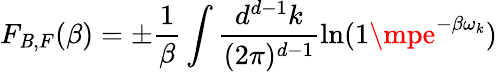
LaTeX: F_{\mathit{B},F}(\beta)=\pm\frac{{1}}{{\beta}}\int\frac{{d^{d-1}k}}{{(2\pi)^{d-1}}}\ln(1\mpe^{-\beta\omega_{k}})